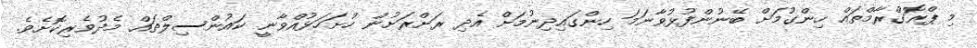
މި ޕްރޮގްރާމްތައް ހިންގުމަށް ބޭނުންފުޅުވާނަމަ ހިންގައިދިނުމަށް އެދި ރަށްރަށުން ހުށަހަޅުއްވާނީ ކައުންސިލްތައް މެދުވެރިކޮށެވެ.